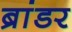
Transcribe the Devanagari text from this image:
ब्रांडर